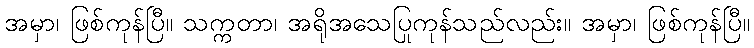
အမှာ၊ ဖြစ်ကုန်ပြီ။ သက္ကတာ၊ အရိုအသေပြုကုန်သည်လည်း။ အမှာ၊ ဖြစ်ကုန်ပြီ။